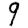
Digit: 9